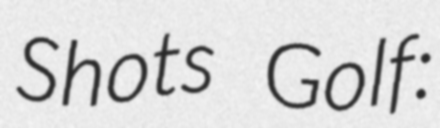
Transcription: Shots Golf: